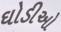
ઘોડીઓ